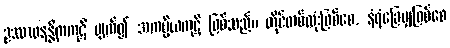
ဥဿာဝနန္တိကကုဋိ ပျက်၍ အကပ္ပိယကုဋိ ဖြစ်သည်။ တိုင်တစ်လုံးဖြစ်စေ, နံရံခြေမျှဖြစ်စေ